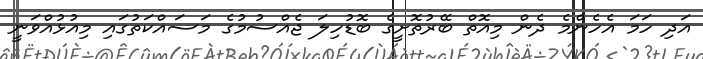
އަދި ހަމަ އެހެންމެ ދެން މިއޮތް ބޭރުތޮށީގެ ބޮޑުހިލަ ޖެއްސުމުގެ މަސައްކަތުގައި މިއުޅުއްވަނީ